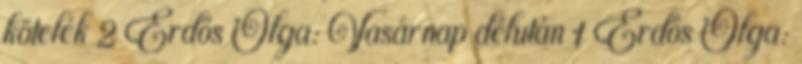
kötelék 2 Erdős Olga: Vasárnap délután 1 Erdős Olga: